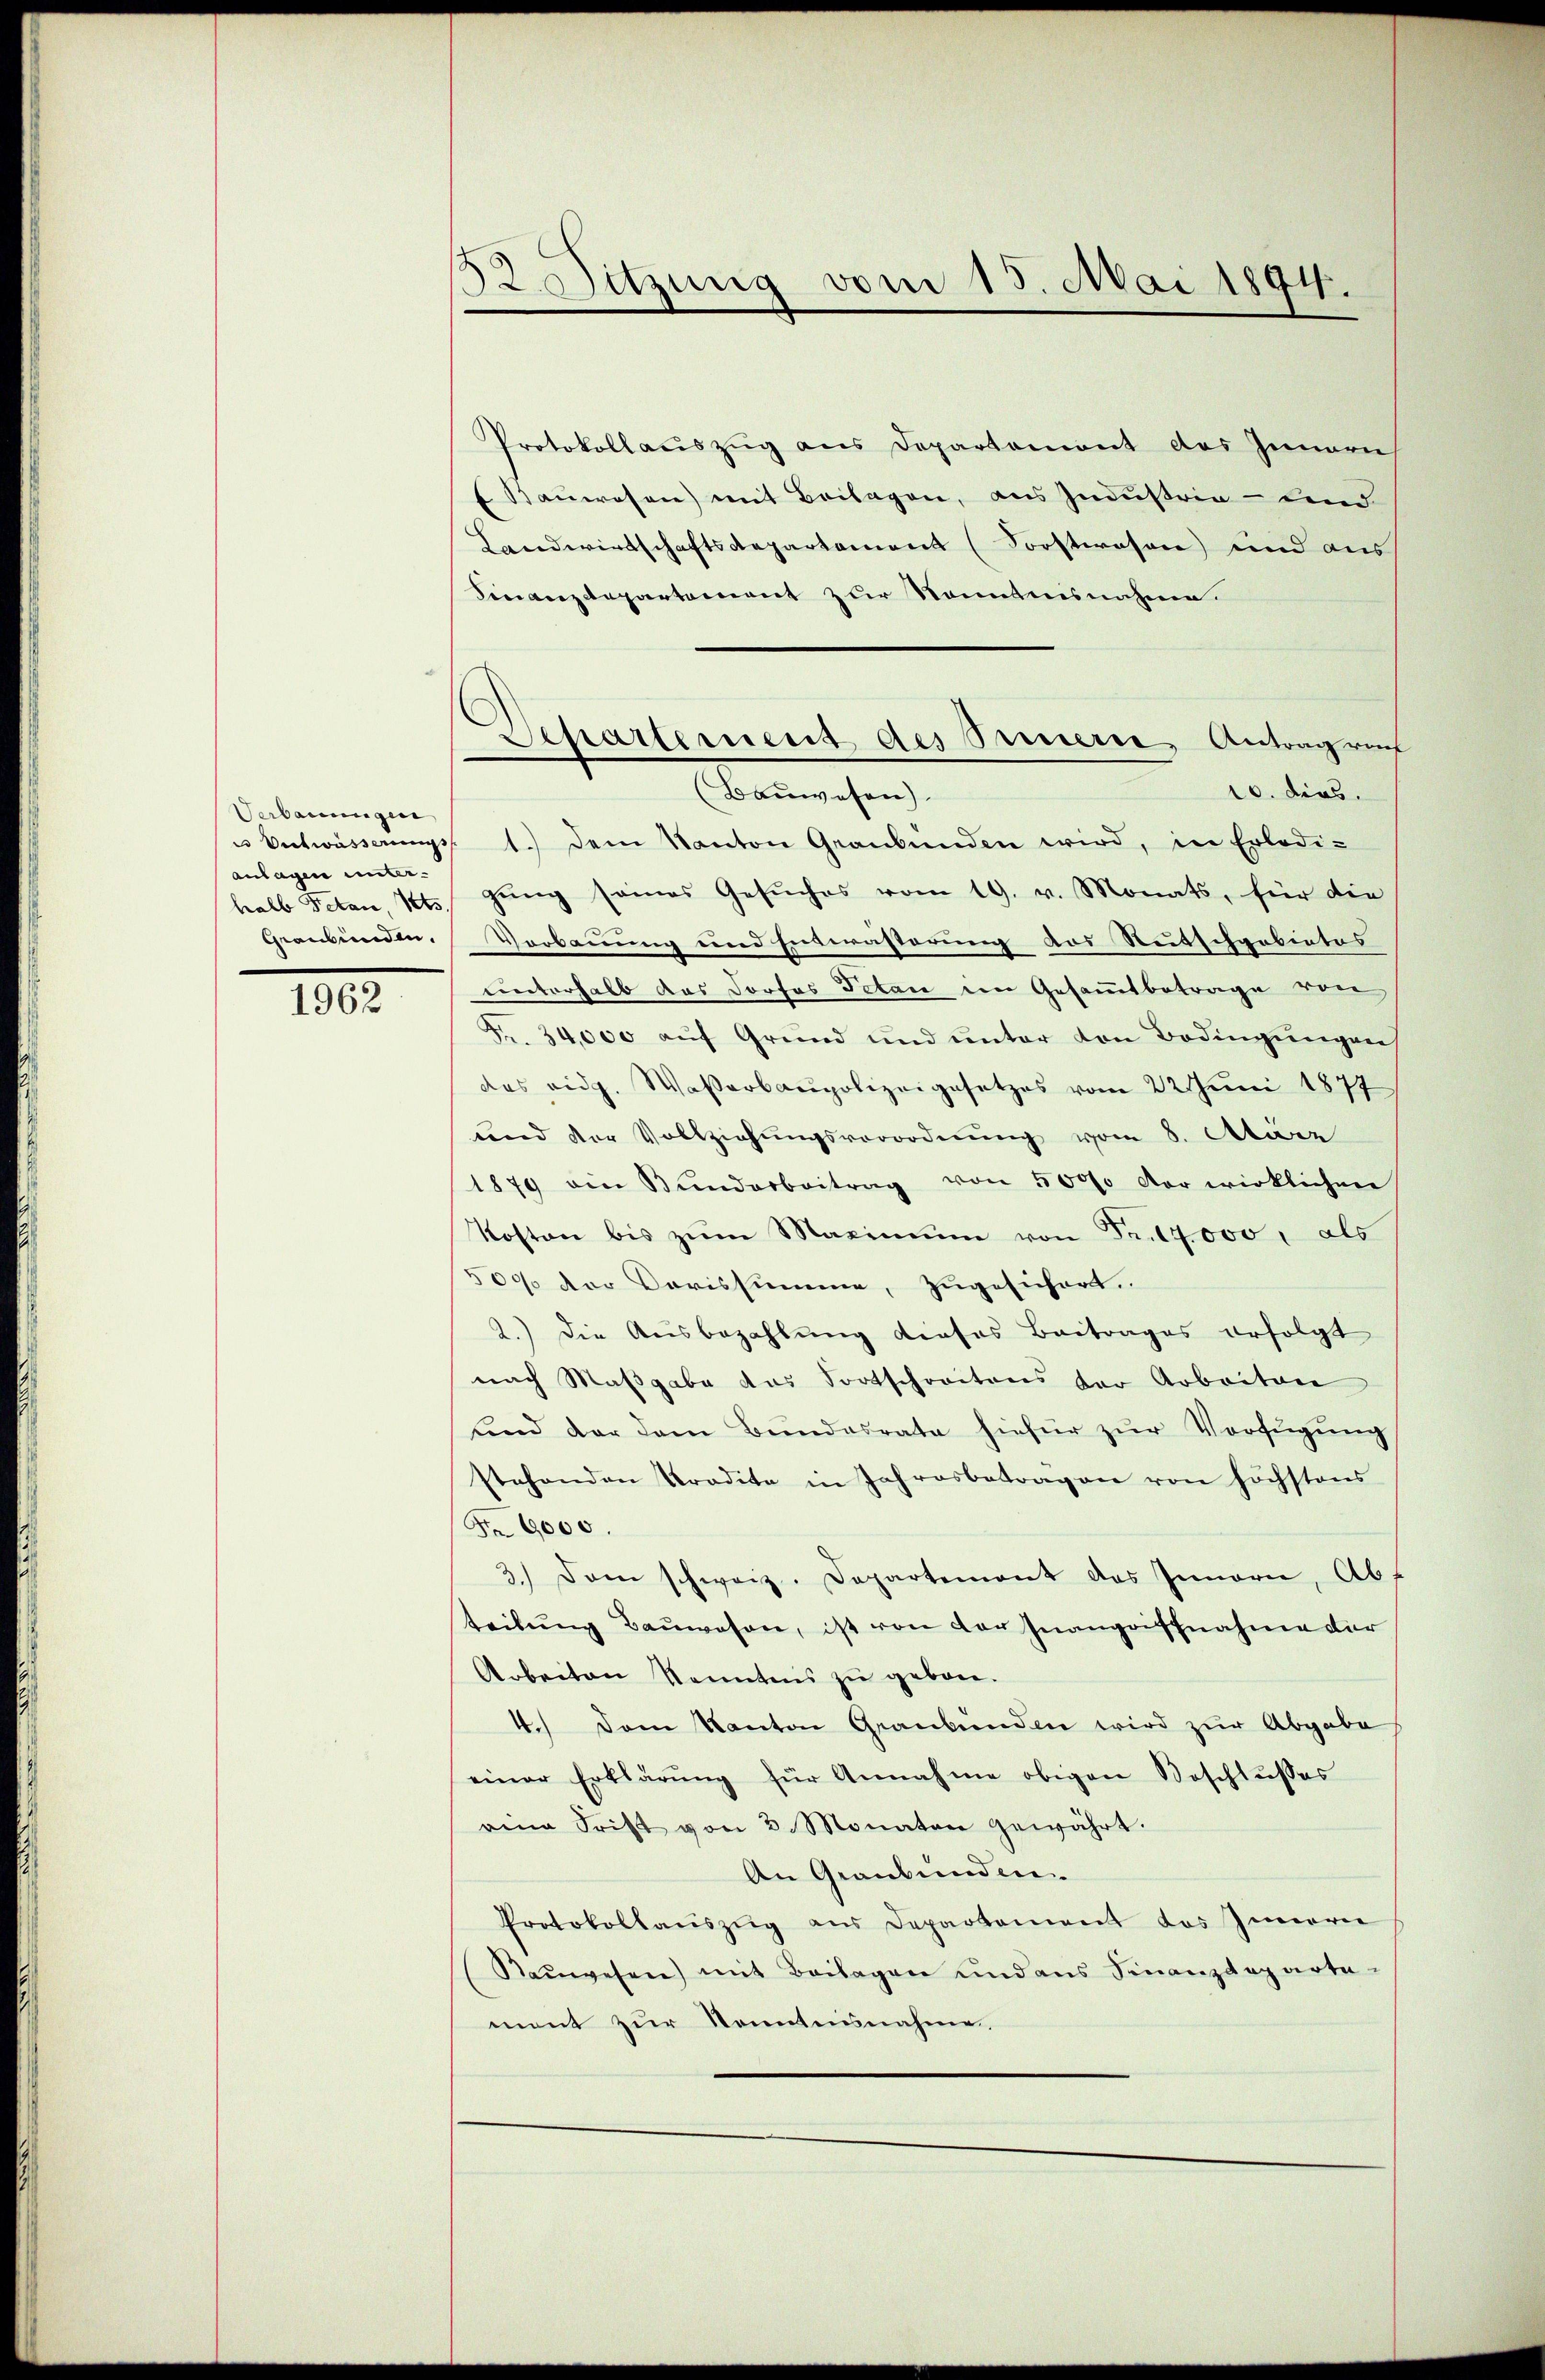
Verbauungen,
anlagen unter-
Graubünden.

1962

52. Sitzung vom 15. Mai 1894.

Departement des Innern, Antragrech

Protokollaŭszŭg ans Departoniert des Innern
f Bauwesen) mit Beilagen, aus Industria - und
Landwirtschaftsdepartement (Forstwesen) und aus
Finanzdepartement zur Sonntnisnahme.
10. dies
(Bauwesen)
u Entwässerŭngs- 1. dem Kanton Graubünden wird, in Erledi-
halb Peten, 2 gŭng seines Gesŭches vom 19. v. Monats, für die
Verbauung und Enderästerung des Rutschgebietes
unterhalb das Dorfes Petan im Gesammtbetrage von
Fr. 34,000 auf Grund und unter von Bedingungen
das eidg. Wasserbaupolizeigesetzes vom 22. Juni 1877
und der Vollziehŭngsverordnŭng vom 8. Aturz
1879 an Bŭndarbeitrag von 50000 der wirklichen
Kosten bis zŭm Maximum von Fr. 17000, als
500 der Parissumme, zugesichert.
2.) Die Ausbezahlung dieses Beitrages erfolgt
nach Maßgabe das dortschreitens der Arbeiten
und der dem Bundesrate hiefür zŭr Verfügung
stehenden Pradita in Jahresbetragen von höchstens
Fr. 6000.
3.) Dann schweiz. Departemont des Innern, Ab-
teilŭng Baŭwesen, ist von der Inangriffnahme der
Arbeiten konntens zu gebon.
4.) Dem Kanton Graubünden wird zur Abgabe
einer Erklärŭng für Annahme obigen Beschlŭsses
eine Frist von 3 Monaten gewährt.
An Graubünden.
Protokollaŭszŭg aŭs Departement das Innern
Raŭwesen) mit Beilagen und aus Finanzdeparte-
ment zur Kenntnisnahme.